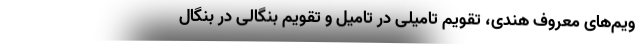
ویم‌های معروف هندی، تقویم تامیلی در تامیل و تقویم بنگالی در بنگال